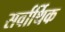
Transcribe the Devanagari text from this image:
सर्वार्थिक